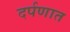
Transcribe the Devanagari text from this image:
दर्पणात